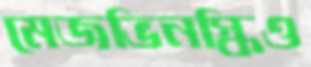
মেজভিনস্কিও